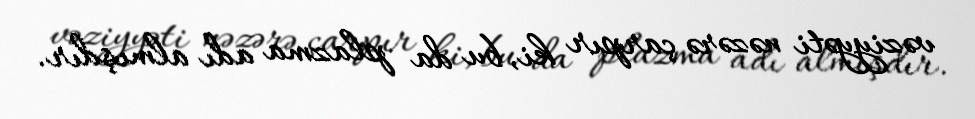
vəziyyəti nəzərə çarpır ki, bu da plazma adı almışdır.